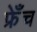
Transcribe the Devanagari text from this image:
फ्रेँच